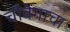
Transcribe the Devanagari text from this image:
चौवेगाचा